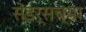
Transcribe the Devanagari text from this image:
सेंडर्सच्या